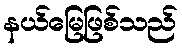
နယ်မြေဖြစ်သည်